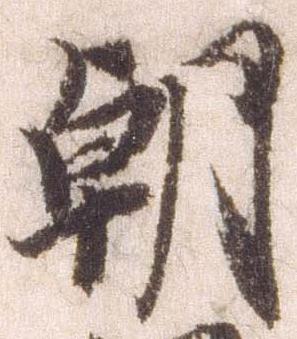
朝